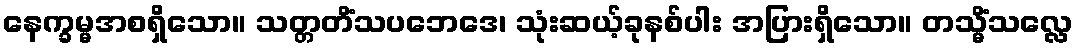
နေက္ခမ္မအစရှိသော။ သတ္တတိံသပဘေဒေ၊ သုံးဆယ့်ခုနစ်ပါး အပြားရှိသော။ တသ္မိံသလ္လေ